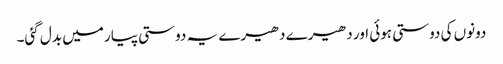
دونوں کی دوستی ہوئی اور دھیرے دھیرے یہ دوستی پیار میں بدل گئی۔